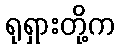
ရုရှားတို့က